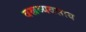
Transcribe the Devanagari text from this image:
वस्त्रव्यवसाय